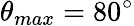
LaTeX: \theta_{max}=80^{\circ}